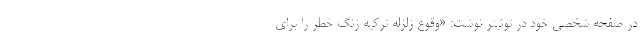
در صفحه شخصی خود در توئیتر نوشت: «وقوع زلزله ترکیه زنگ خطر را برای